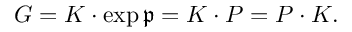
\displaystyle { G = K \cdot \exp { \mathfrak { p } } = K \cdot P = P \cdot K . }